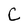
Character: C